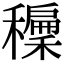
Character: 𥣝